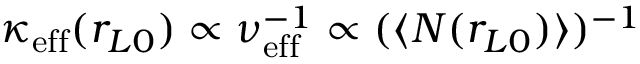
\kappa _ { \mathrm { e f f } } ( r _ { L 0 } ) \propto \nu _ { \mathrm { e f f } } ^ { - 1 } \propto ( \langle N ( r _ { L 0 } ) \rangle ) ^ { - 1 }